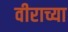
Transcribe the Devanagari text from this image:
वीराच्या